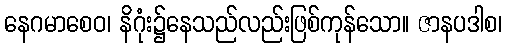
နေဂမာစေဝ၊ နိဂုံး၌နေသည်လည်းဖြစ်ကုန်သော။ ဇာနပဒါစ၊